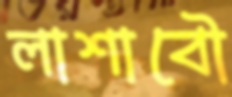
লাশাবৌ